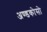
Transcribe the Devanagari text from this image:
अण्डकोसो